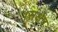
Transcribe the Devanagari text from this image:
।संक्षेप